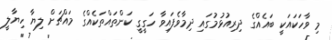
މި ވާހަކައަކީ ބައެއްގެ ދިރިއުޅުމުގައި ދިމާވެފައިވާ ހަގީގީ ކަންތައްތަކެއްގެ މައްޗަށް ލިޔާ ހިޔާލީ